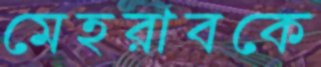
মেহরাবকে